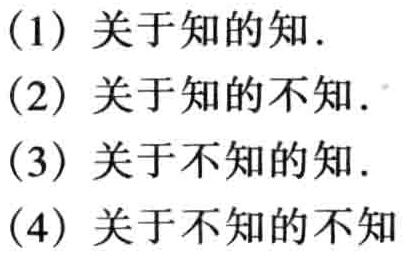
(1) 关于知的知.

(2) 关于知的不知.

(3) 关于不知的知.

(4) 关于不知的不知